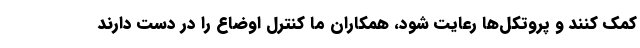
کمک کنند و پروتکل‌ها رعایت شود، همکاران ما کنترل اوضاع را در دست دارند